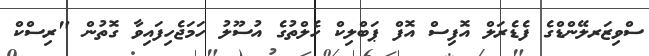
ސްވިޒަރލޭންޑްގެ ފެޑެރަލް އޮފިސް އޮފް ޕަބްލިކް ހެލްތުގެ އުސޫލު ހަމަޖެހިފައިވާ ގޮތުން "ރިސްކް